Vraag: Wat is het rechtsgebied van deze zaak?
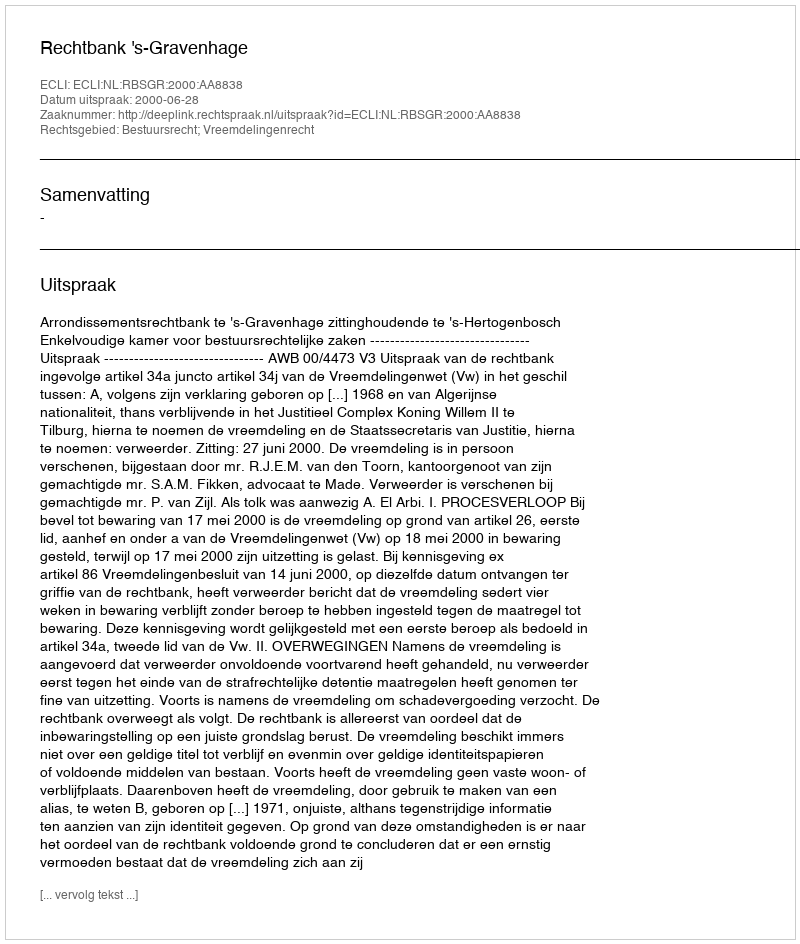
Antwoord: Bestuursrecht; Vreemdelingenrecht